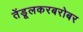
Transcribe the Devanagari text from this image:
तेंडूलकरबरोबर